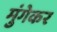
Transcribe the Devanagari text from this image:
मुंगेकर